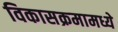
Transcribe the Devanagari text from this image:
विकासक्रमामध्ये